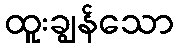
ထူးချွန်သော